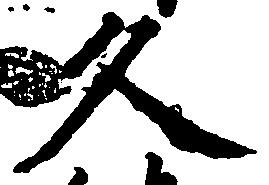
久